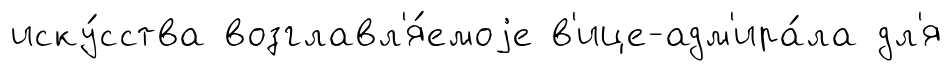
иску́сства возглавл'я́емоjе в'ице-адм'ира́ла дл'я